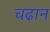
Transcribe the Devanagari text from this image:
चढान